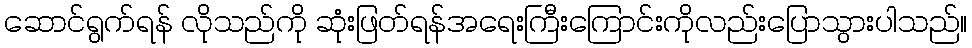
ဆောင်ရွက်ရန် လိုသည်ကို ဆုံးဖြတ်ရန်အရေးကြီးကြောင်းကိုလည်းပြောသွားပါသည်။